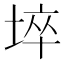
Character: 埣